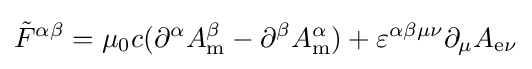
{\tilde {F}}^{\alpha \beta }=\mu _{0}c(\partial ^{\alpha }A_{\mathrm {m} }^{\beta }-\partial ^{\beta }A_{\mathrm {m} }^{\alpha })+\varepsilon ^{\alpha \beta \mu \nu }\partial _{\mu }A_{{\mathrm {e} }\nu }